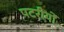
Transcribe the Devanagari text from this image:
पटरीयों